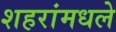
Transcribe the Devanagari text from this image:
शहरांमधले